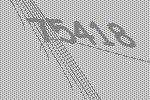
75418